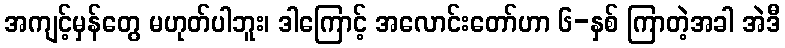
အကျင့်မှန်တွေ မဟုတ်ပါဘူး၊ ဒါကြောင့် အလောင်းတော်ဟာ ၆-နှစ် ကြာတဲ့အခါ အဲဒီ